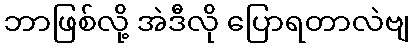
ဘာဖြစ်လို့ အဲဒီလို ပြောရတာလဲဗျ